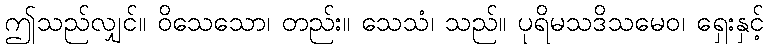
ဤသည်လျှင်။ ဝိသေသော၊ တည်း။ သေသံ၊ သည်။ ပုရိမသဒိသမေဝ၊ ရှေးနှင့်